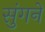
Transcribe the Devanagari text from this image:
सुंगने